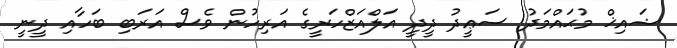
ޝައިޚް މުޙައްމަދު ސަޢީދު ދީދީ އަލްއަޒްހަރީގެ އަރިހުން ވެސް އަރަބި ބަހާއި ދީނީ